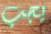
يجب